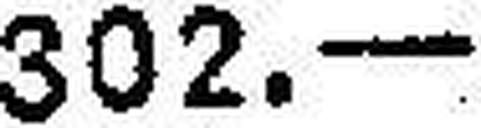
302.—